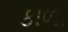
કાળી